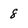
Character: 8